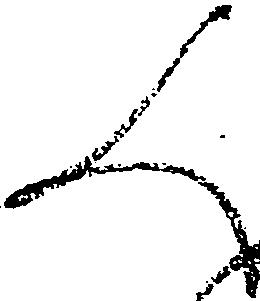
人